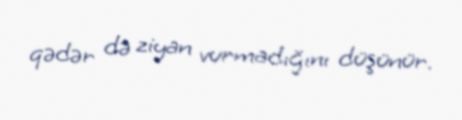
qədər də ziyan vurmadığını düşünür.